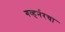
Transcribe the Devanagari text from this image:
गव्हर्नरचा